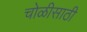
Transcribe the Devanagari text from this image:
चोळीसाठी